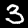
Label: 3